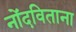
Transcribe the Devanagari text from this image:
नोंदविताना